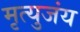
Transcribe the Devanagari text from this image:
मृत्युजंय